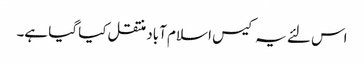
اس لئے یہ کیس ا سلام آباد منتقل کیا گیا ہے۔